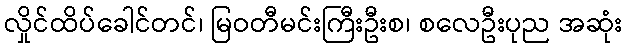
လှိုင်ထိပ်ခေါင်တင်၊ မြဝတီမင်းကြီးဦးစ၊ စလေဦးပုည အဆုံး